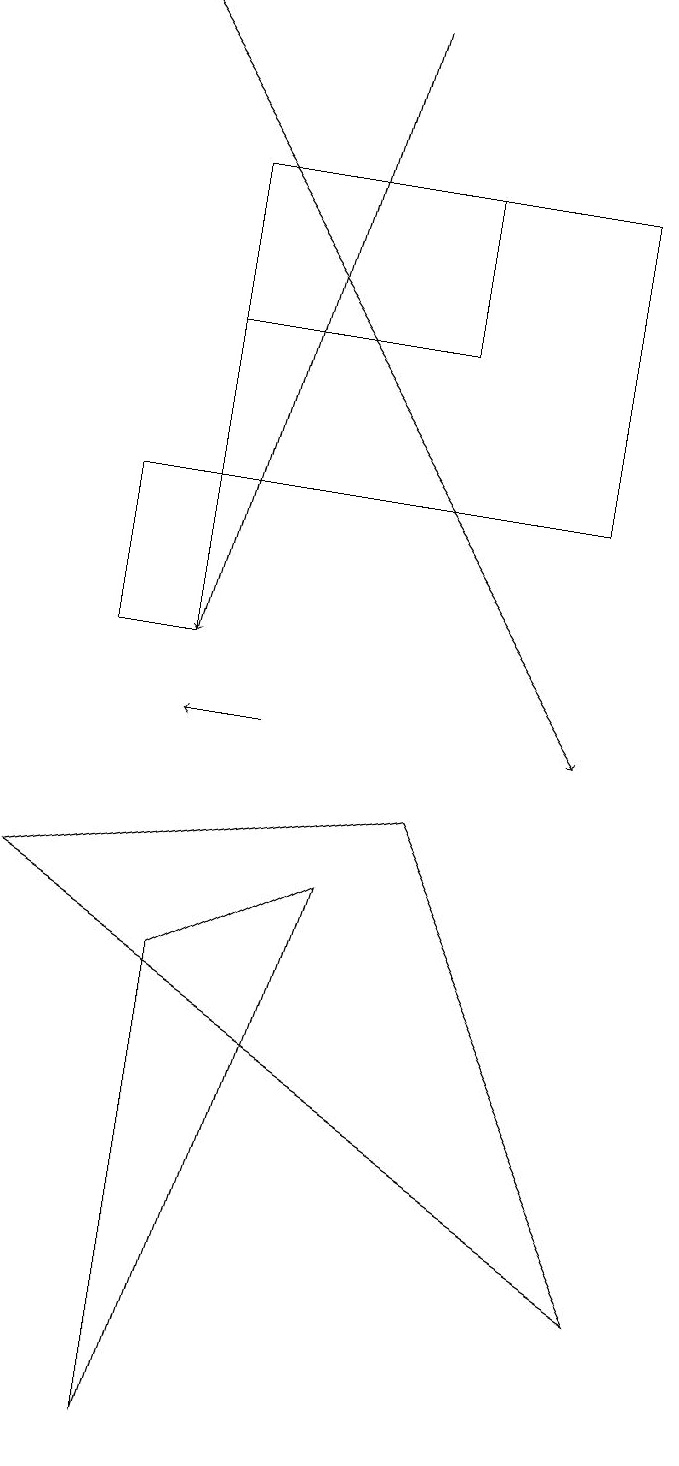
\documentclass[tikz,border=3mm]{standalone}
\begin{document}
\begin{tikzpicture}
\draw (0,8) -- (5,9) -- (8,3) -- cycle;
\draw (2,17) rectangle (7,13);
\draw[->] (3,10) -- (2,10);
\draw[->] (1,19) -- (7,10);
\draw[->] (4,19) -- (2,11);
\draw (2,17) rectangle (5,15);
\draw (2,13) rectangle (1,11);
\draw (4,8) -- (2,7) -- (2,1) -- cycle;
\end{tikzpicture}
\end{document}